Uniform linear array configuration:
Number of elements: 12
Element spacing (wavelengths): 0.75
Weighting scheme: hann
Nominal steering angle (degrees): -60
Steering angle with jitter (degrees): -61.725
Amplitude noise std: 0.05
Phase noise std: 0.05

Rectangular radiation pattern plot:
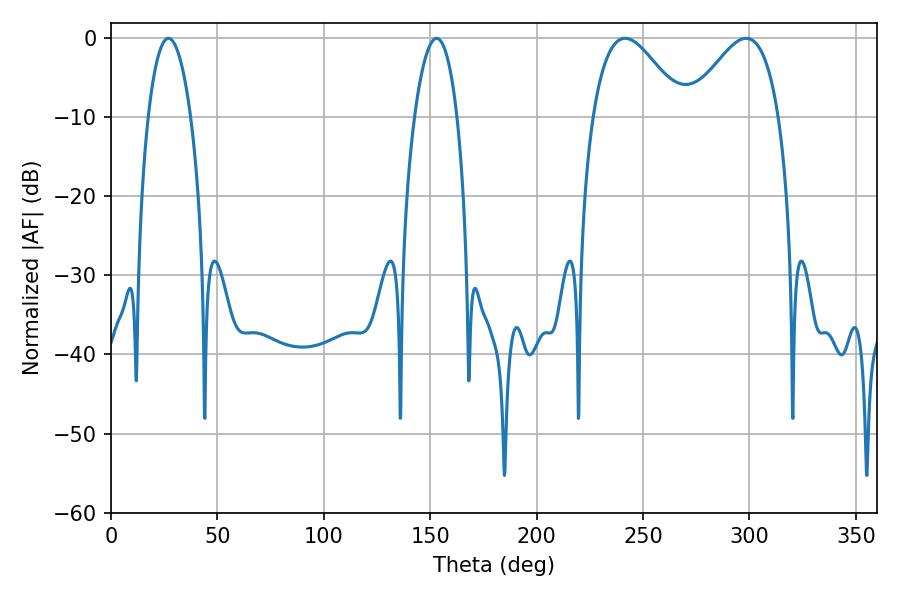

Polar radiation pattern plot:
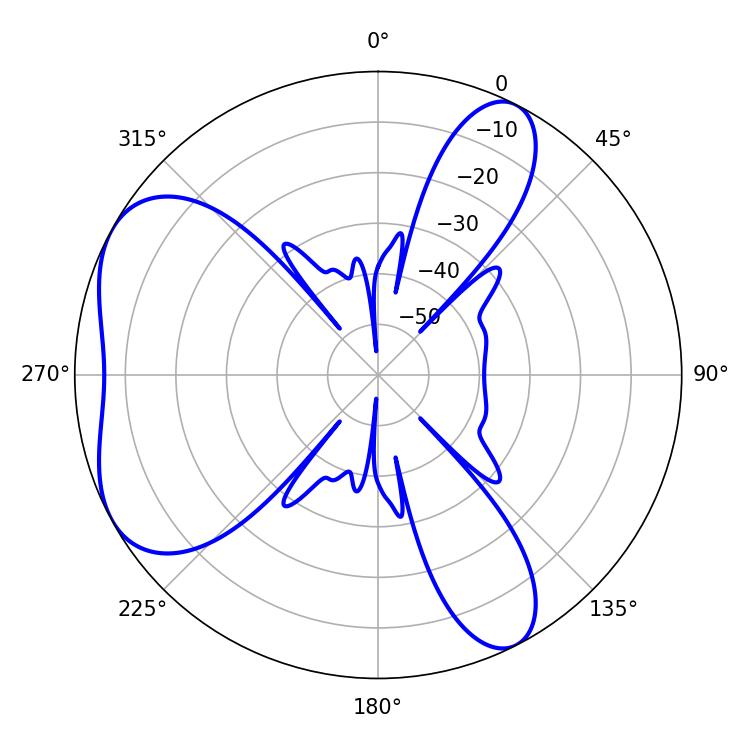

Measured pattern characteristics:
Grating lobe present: TRUE
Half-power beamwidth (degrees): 11.16
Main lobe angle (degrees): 27